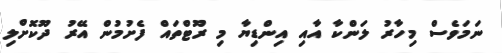
ނަމަވެސް މިހާރު ލަންކާ އާއި އިންޑިޔާ މި ރޫޓްތައް ފެށުމުން އޭރު ދޫކޮށްލި